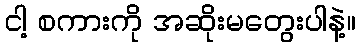
ငါ့ စကားကို အဆိုးမတွေးပါနဲ့။